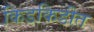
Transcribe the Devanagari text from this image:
किडकिडीत